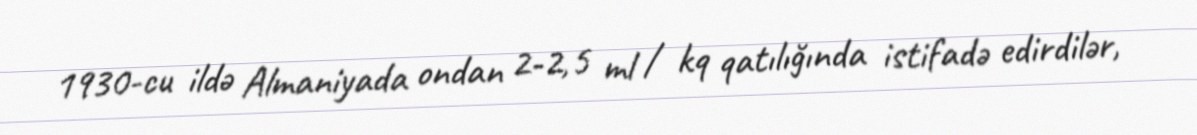
1930-cu ildə Almaniyada ondan 2-2,5 ml / kq qatılığında istifadə edirdilər,